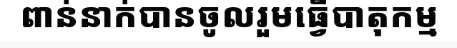
ពាន់នាក់បានចូលរួមធ្វើបាតុកម្ម